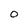
Character: 0